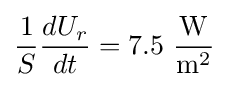
{\frac {1}{S}}{\frac {dU_{r}}{dt}}=7.5~\mathrm {\frac {W}{m^{2}}}